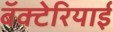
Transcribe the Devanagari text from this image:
बॅक्टेरियाई